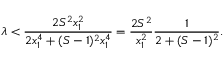
\lambda < \frac { 2 S ^ { 2 } x _ { 1 } ^ { 2 } } { 2 x _ { 1 } ^ { 4 } + ( S - 1 ) ^ { 2 } x _ { 1 } ^ { 4 } } = \frac { 2 S ^ { 2 } } { x _ { 1 } ^ { 2 } } \frac { 1 } { 2 + ( S - 1 ) ^ { 2 } } .